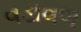
વડાવળ